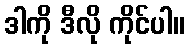
ဒါကို ဒီလို ကိုင်ပါ။